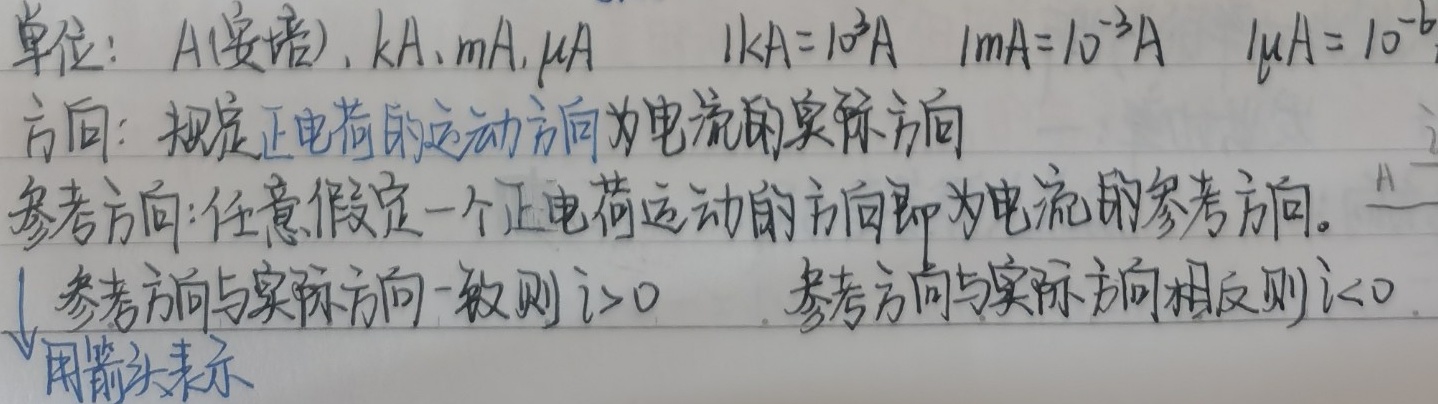
单位：\(A\)（安培），\(kA\)，\(mA\)，\(\mu A\)。
\(1kA = 10^{3}A\)
\(1mA=10^{-3}A\)
\(1\mu A = 10^{- 6}A\)

方向：规定正电荷的运动方向为电流的实际方向。

参考方向：任意假定一个正电荷运动的方向即为电流的参考方向。参考方向与实际方向一致则 \(i>0\) ，参考方向与实际方向相反则 \(i<0\)。用箭头表示。